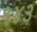
૧૪૩